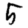
Digit: 5